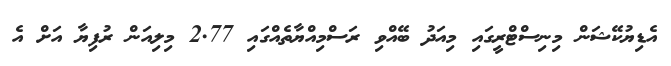
އެޑިޔުކޭޝަން މިނިސްޓްރީގައި މިއަދު ބޭއްވި ރަސްމިއްޔާތެއްގައި 2.77 މިލިއަން ރުފިޔާ އަށް އެ